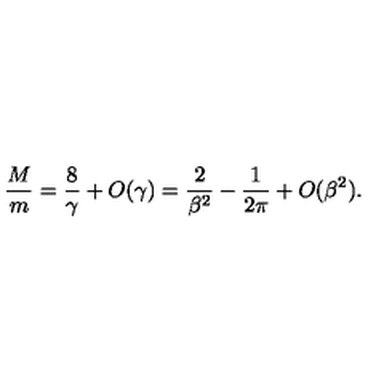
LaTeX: { \frac { M } { m } } = { \frac { 8 } { \gamma } } + O ( \gamma ) = { \frac { 2 } { \beta ^ { 2 } } } - { \frac { 1 } { 2 \pi } } + O ( \beta ^ { 2 } ) .